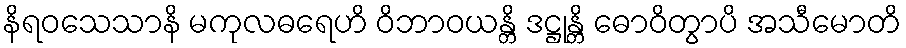
နိရဝသေသာနိ မကုလဓရေဟိ ဝိဘာဝယန္တိ ဒဋ္ဌုန္တိ ဓောဝိတွာပိ အသီမောတိ